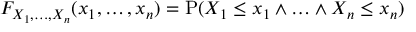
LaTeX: F _ { X _ { 1 } , \ldots , X _ { n } } ( x _ { 1 } , \ldots , x _ { n } ) = \operatorname { P } ( X _ { 1 } \leq x _ { 1 } \land \ldots \land X _ { n } \leq x _ { n } )